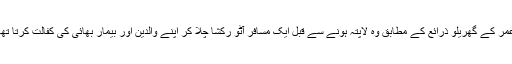
عمر کے گھریلو ذرائع کے مطابق وہ لاپتہ ہونے سے قبل ایک مسافر آٹو رکشا چلا کر اپنے والدین اور بیمار بھائی کی کفالت کرتا تھا۔